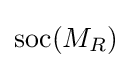
\mathrm {soc} (M_{R})